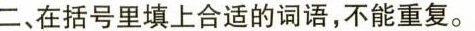
二、在括号里填上合适的词语，不能重复。